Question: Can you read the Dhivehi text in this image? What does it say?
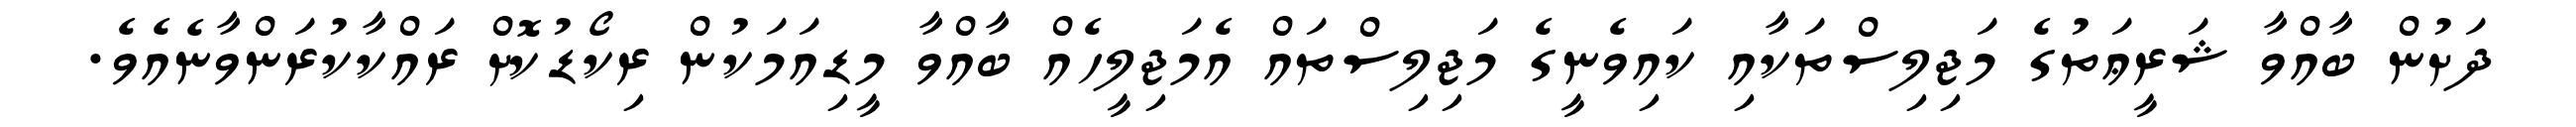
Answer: ދަށުން ބާއްވާ ޝަރީޢަތުގެ މަޖިލިސްތަކާއި ކައިވެނީގެ މަޖިލިސްތައް އެމަޖިލީހެއް ބާއްވާ މީޑިއަމަކުން ރިކޯޑުކޮށް ރައްކާކުރަންވާނެއެވެ.